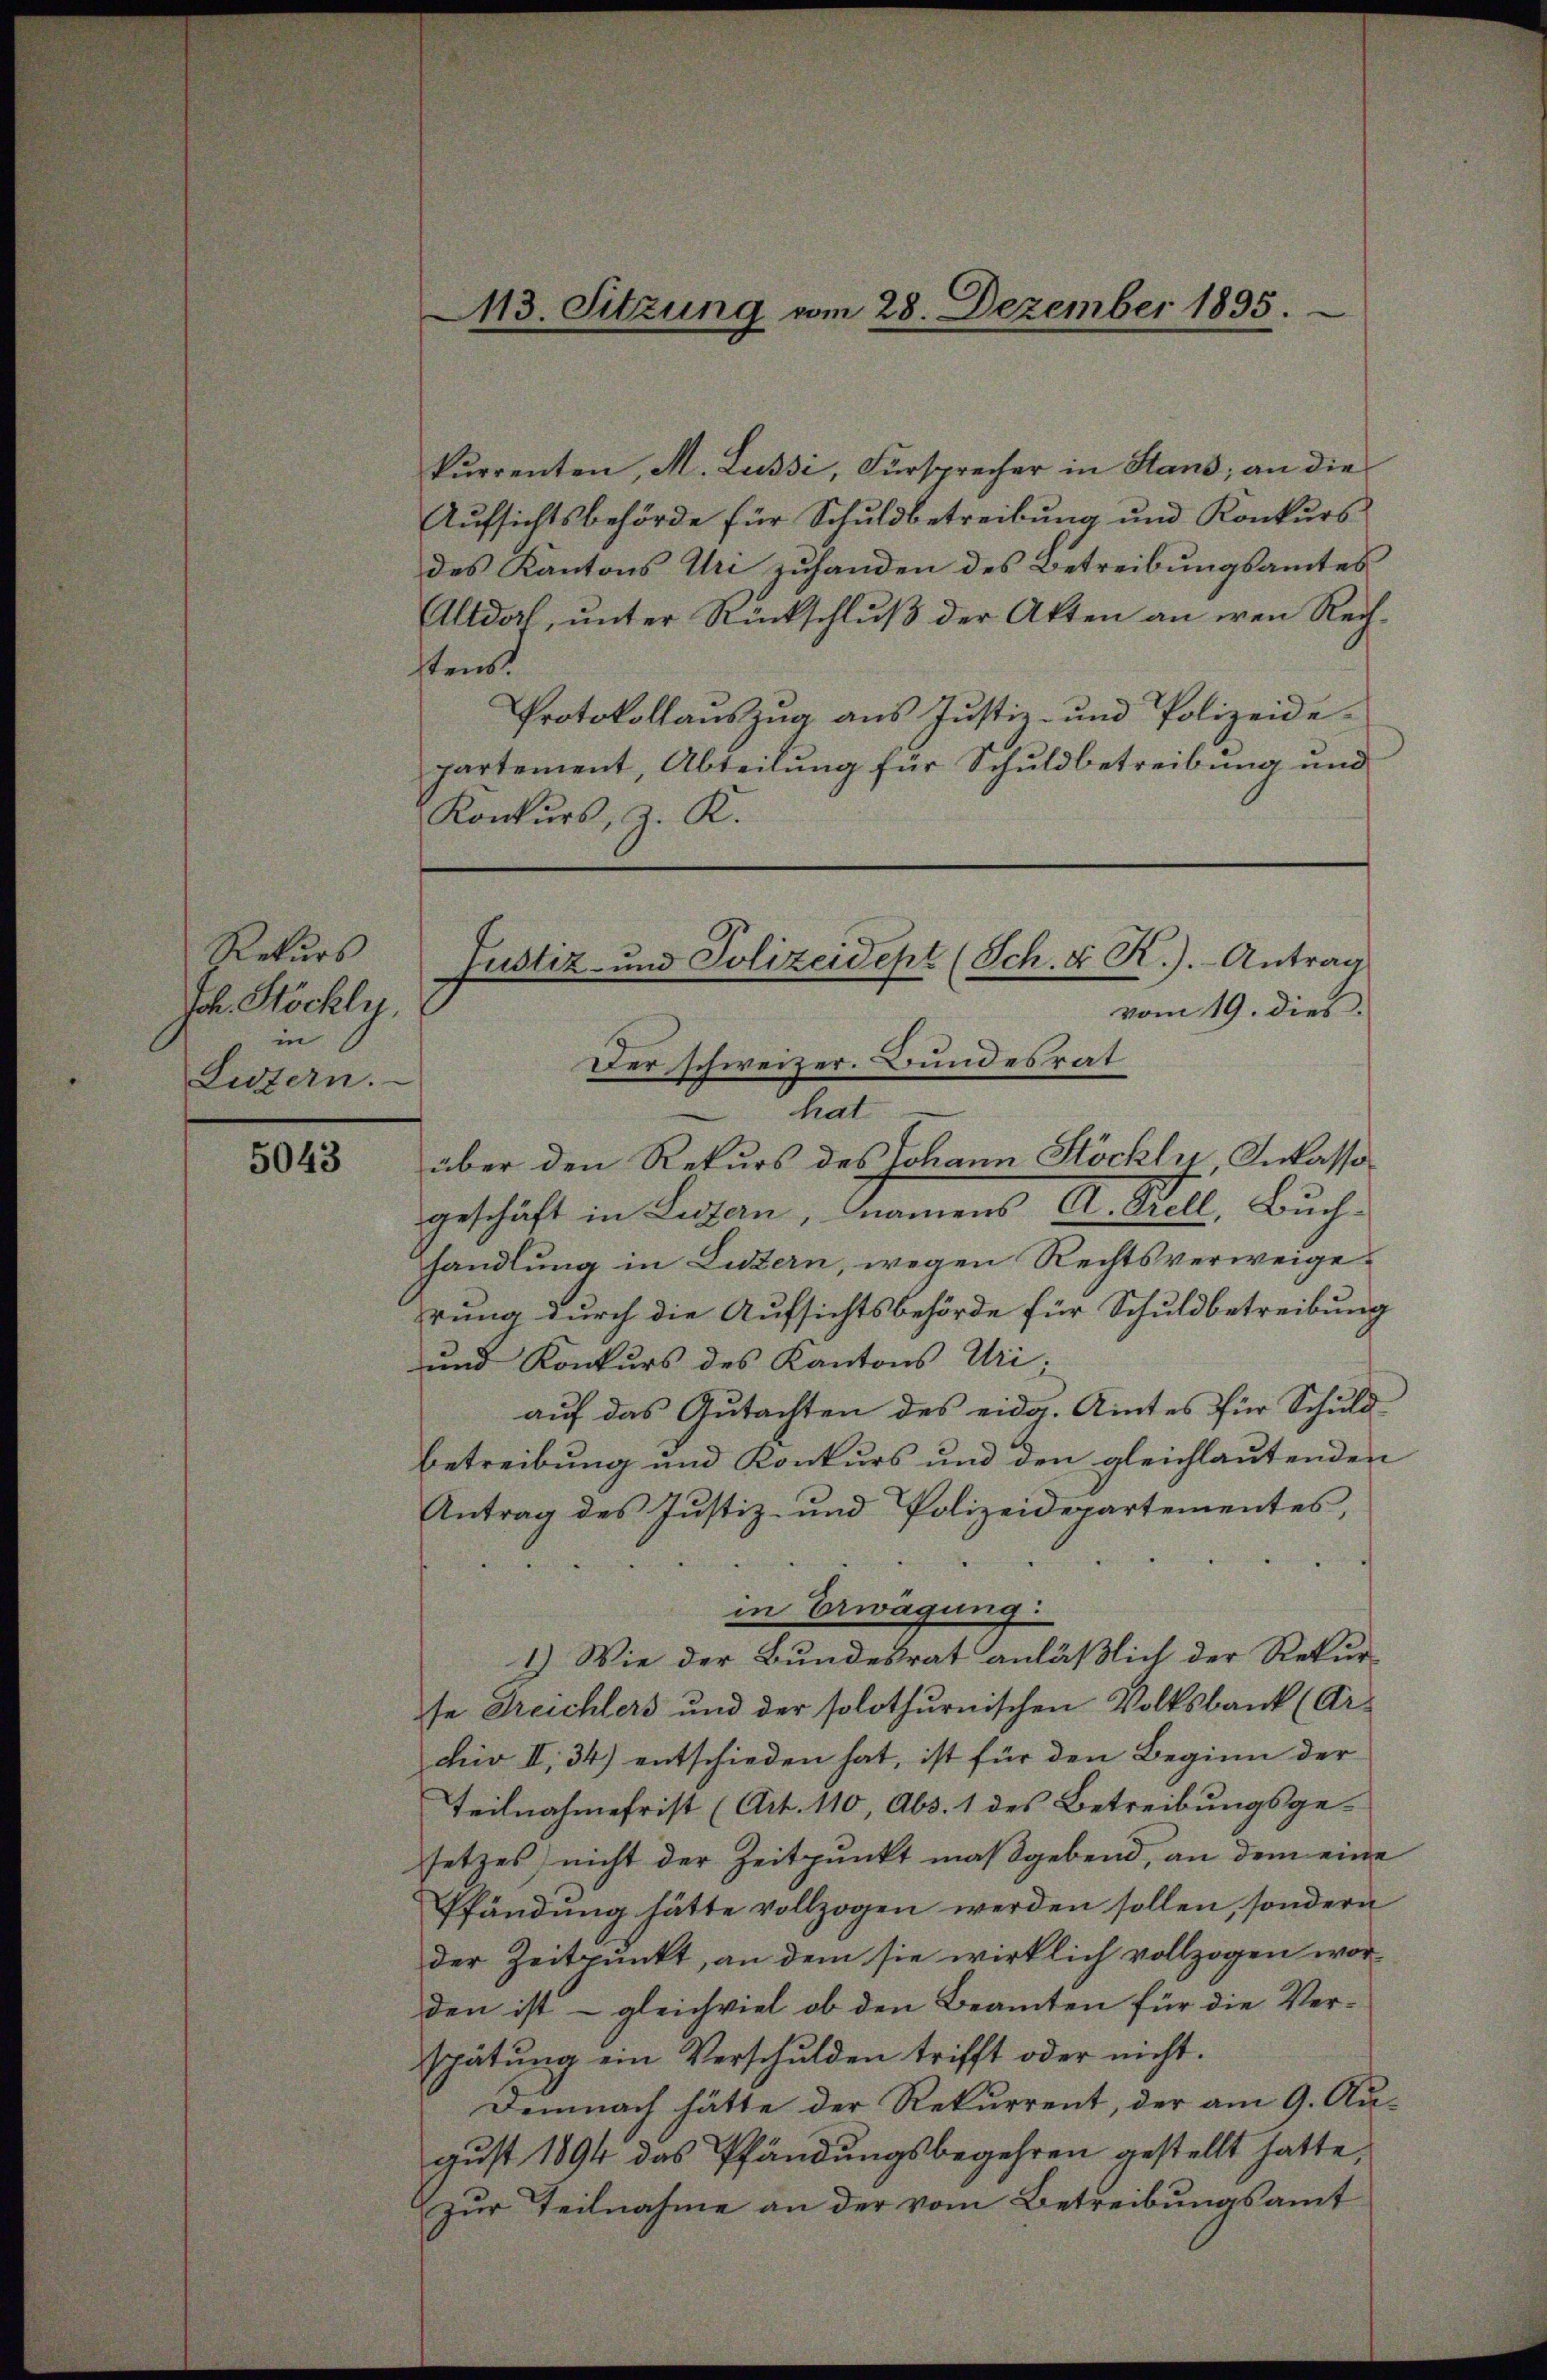
Rekurs
Joh. Stöckly.
in
Listern.

5043

kurrenten, M. Lussi, Fürsprecher in Stand, an die
Aufsichtsbehörde für Schuldbetreibung und Konkurs
des Kantons Uri zuhanden des Betreibungsamtes
Altdorf, unter Rückschluß der Akten an den Rechstenst
Protokollauszug aus Justiz- und Polizeidepartement, Abteilung für Schuldbetreibung und
Konkurs, z. R.

113. Sitzung vom 28. Dezember 1895.

über den Rekurs des Johann Stöckli, Inkassa
geschäft in Luzern, namens A. Grell, Buch-
handlung in Luzern, wegen Rechtsverweigerung durch die Aufsichtsbehörde für Schuldbetreibung
und Konkurs des Kantons Uri,
auf das Gutachten des eidg. Amtes für Schuldbetreibung und Konkurs und den gleichlautenden
Antrag des Justiz- und Polizeidepartementes,
in Erwägung:
1.) Wie der Bundesrat anläßlich der Rekurse Treichlers und der solothurnischen Volksbank (Ar-
tiv II, 34) entschieden hat, ist für den Beginn der
Teilnahmefrist (Art. 110, Abs. 1 des Betreibungsgesetzes) nicht der Zeitpunkt maßgebend, an dem eine
Pfändung hätte vollzogen werden sollen, sondern
der Zeitpunkt, an dem sie wirklich vollzogen worden ist – gleichviel ob den Beamten für die Ver-
spätung ein Verschulden trifft oder nicht.
Demnach hätte der Rekurrent, der am 9. August 1894 das Pfändungsbegehren gestellt hatte,
zur Teilnahme an der vom Betreibungsamt

Justiz- und Polizeidept (Sch. X R.). Antrag
vom 19. dies

m

Der schweizer. Bundesrat